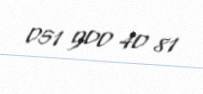
051 900 40 81